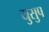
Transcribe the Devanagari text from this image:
युसुप